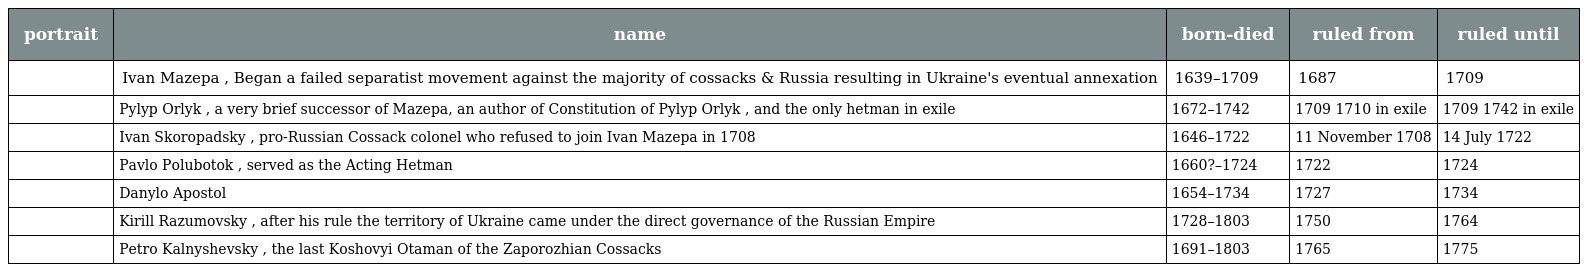
| portrait | name | born-died | ruled from | ruled until |
 | --- | --- | --- | --- | --- |
 |  | Ivan Mazepa , Began a failed separatist movement against the majority of cossacks & Russia resulting in Ukraine's eventual annexation | 1639–1709 | 1687 | 1709 |
 |  | Pylyp Orlyk , a very brief successor of Mazepa, an author of Constitution of Pylyp Orlyk , and the only hetman in exile | 1672–1742 | 1709 1710 in exile | 1709 1742 in exile |
 |  | Ivan Skoropadsky , pro-Russian Cossack colonel who refused to join Ivan Mazepa in 1708 | 1646–1722 | 11 November 1708 | 14 July 1722 |
 |  | Pavlo Polubotok , served as the Acting Hetman | 1660?–1724 | 1722 | 1724 |
 |  | Danylo Apostol | 1654–1734 | 1727 | 1734 |
 |  | Kirill Razumovsky , after his rule the territory of Ukraine came under the direct governance of the Russian Empire | 1728–1803 | 1750 | 1764 |
 |  | Petro Kalnyshevsky , the last Koshovyi Otaman of the Zaporozhian Cossacks | 1691–1803 | 1765 | 1775 |